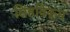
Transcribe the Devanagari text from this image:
सिंहविक्रम